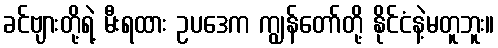
ခင်ဗျားတို့ရဲ့ မီးရထား ဥပဒေက ကျွန်တော်တို့ နိုင်ငံနဲ့မတူဘူး။